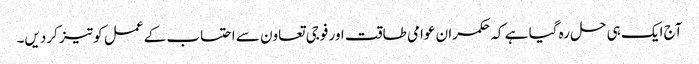
آج ایک ہی حل رہ گیا ہے کہ حکمران عوامی طاقت اور فوجی تعاون سے احتساب کے عمل کو تیز کردیں۔